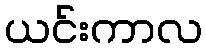
ယင်းကာလ